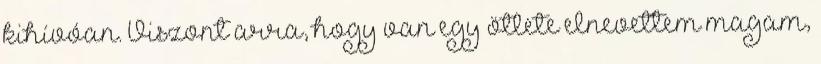
kihívóan. Viszont arra, hogy van egy ötlete elnevettem magam,